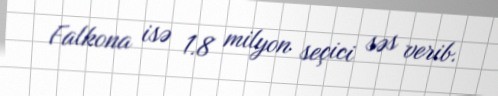
Falkona isə 1.8 milyon seçici səs verib.